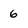
Character: 6